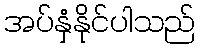
အပ်နှံနိုင်ပါသည်